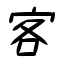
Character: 客